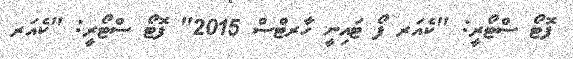
ފޮޓޯ ސްޓޯރީ: "ކެއަރ ފޯ ޓައިނީ ހާރޓްސް 2015" ފޮޓޯ ސްޓޯރީ: "ކެއަރ